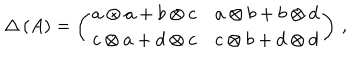
\Delta \left( A \right) = \left( \begin{array} { c c } { { a \otimes a + b \otimes c } } & { { a \otimes b + b \otimes d } } \\ { { c \otimes a + d \otimes c } } & { { c \otimes b + d \otimes d } } \\ \end{array} \right) \, ,